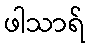
ဖါသာရ်